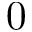
0